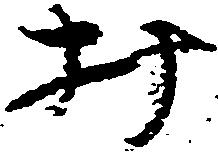
み